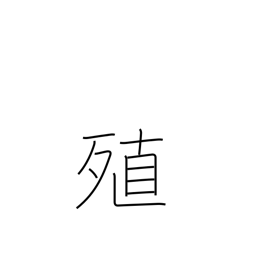
Meaning: augment